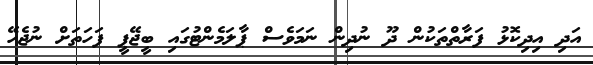
އަދި އިދިކޮޅު ފަރާތްތަކުން ދޫ ނުދިން ނަމަވެސް ޕާލަމެންޓުގައި ބީޖޭޕީ ފަހަތަށް ނުޖެހޭ